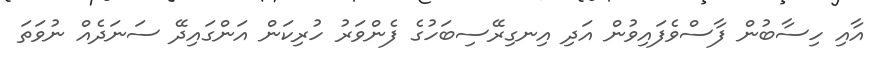
އާއި ހިސާބުން ފާސްވެފައިވުން އަދި އިނގިރޭސިބަހުގެ ފެންވަރު ހުރިކަން އަންގައިދޭ ސަނަދެއް ނުވަތަ